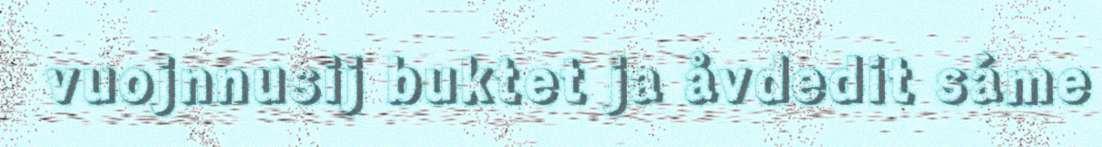
vuojnnusij buktet ja åvdedit sáme